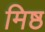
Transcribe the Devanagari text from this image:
मिष्ठ